65_HS1-834228961_62-HQ-83894_Section_1
Agency: FBI
Page 43
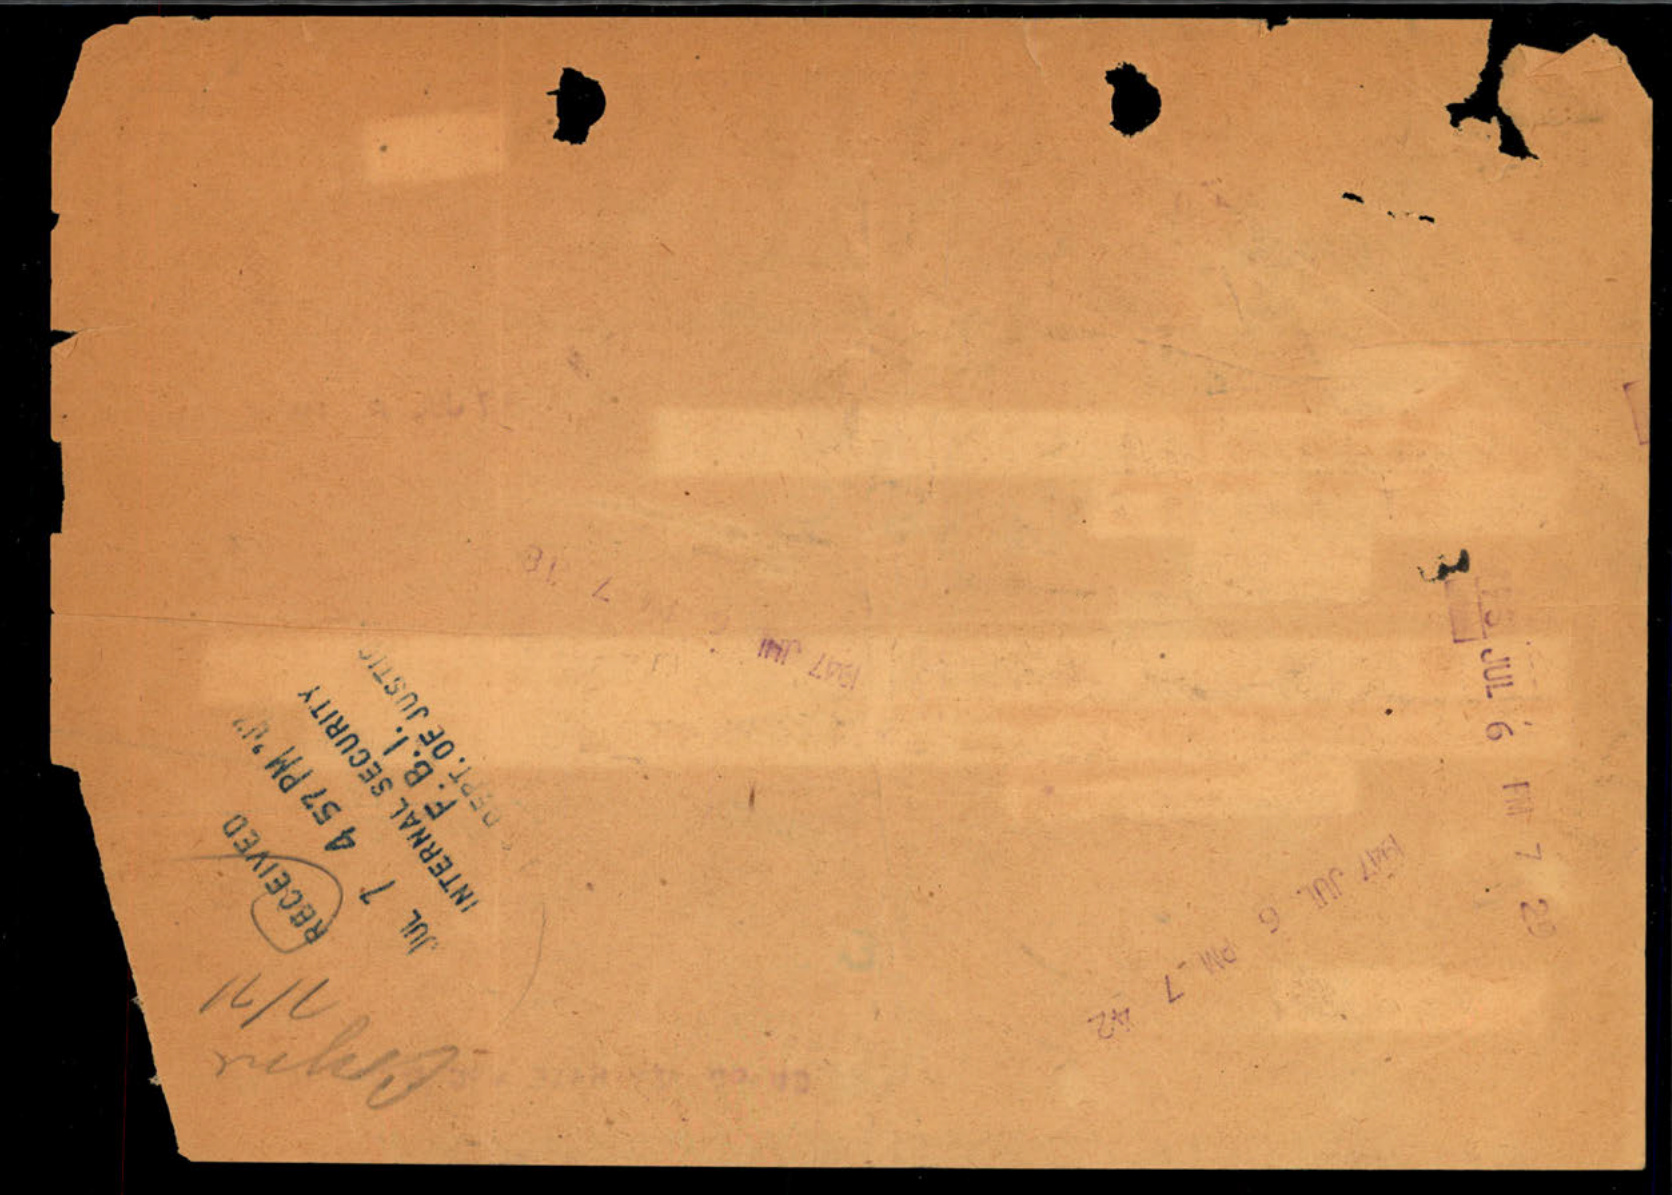